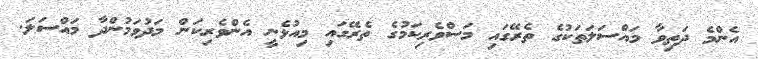
އެންމެ ދަތިވާ މައްސަލަތަކުގެ ތެރޭގައި މަސްވެރިކަމުގެ ތެރޭގައި މިއުޅެނީ އެންވެރިކަން މަދުވަމުންދާ މައްސަލަ.